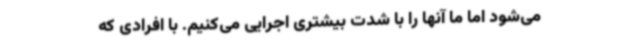
می‌شود اما ما آنها را با شدت بیشتری اجرایی می‌کنیم. با افرادی که